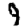
Digit: 9